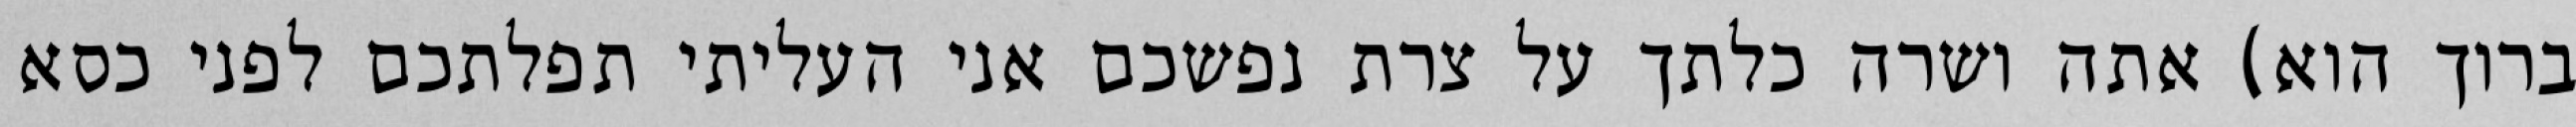
ברוך הוא) אתה ושרה כלתך על צרת נפשכם אני העליתי תפלתכם לפני כסא